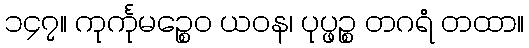
၁၄၇။ ကုင်္ကုမဉ္စေဝ ယဝန၊ ပုပ္ဖဉ္စ တဂရံ တထာ။